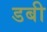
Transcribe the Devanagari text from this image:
डबी